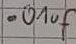
Text: .01uf